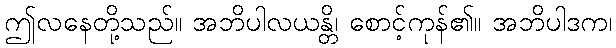
ဤလနေတို့သည်။ အဘိပါလယန္တိ၊ စောင့်ကုန်၏။ အဘိပါဒက၊